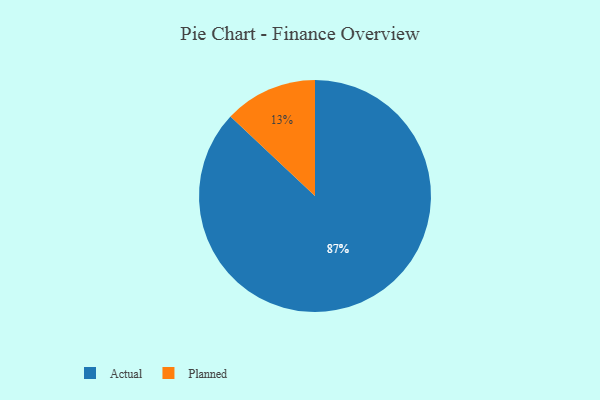
{"axis": {"x": "Category", "y": "Percentage"}, "legend": ["Actual", "Planned"], "data": [{"x": "Actual", "y": 87, "type": "Actual"}, {"x": "Planned", "y": 13, "type": "Planned"}]}